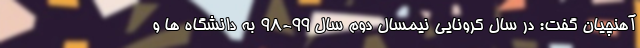
آهنچیان گفت: در سال کرونایی نیمسال دوم سال ۹۹-۹۸ به دانشگاه ها و